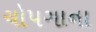
ચોપગાના